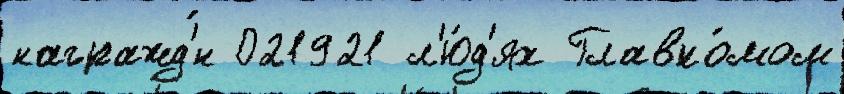
награжд'́н 021921 л'ю́д'ях Главко́мом